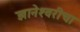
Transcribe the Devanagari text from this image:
ज्ञानेश्‍वरीचा